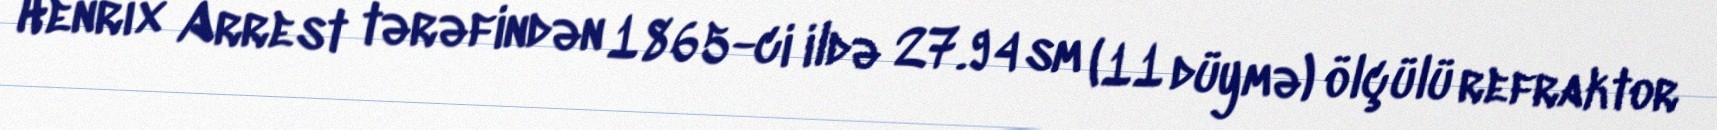
Henrix Arrest tərəfindən 1865-ci ildə 27.94 sm (11 düymə) ölçülü refraktor